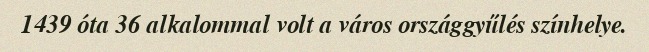
1439 óta 36 alkalommal volt a város országgyűlés színhelye.